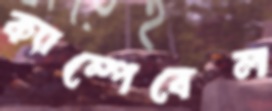
ক্যাম্পেবেল